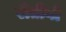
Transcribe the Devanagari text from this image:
रीतींनी